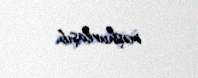
məşhurlaşıb.